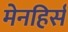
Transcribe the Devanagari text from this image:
मेनहिर्स